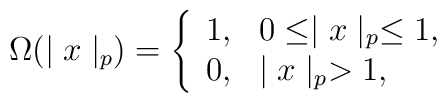
\Omega (\mid x\mid_p) = \left \{ \begin{array}{ll}  1, & 0 \leq \mid x\mid_p \leq 1  ,\\0, & \mid x\mid_p>1, \end{array} \right.